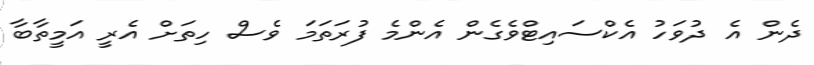
ދެން އެ ދުވަހު އެކްސައިޓްވެގެން އެންމެ ފުރަތަމަ ވެސް ހިތަށް އެރީ އަމީތާބާ